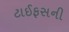
ટાઈફસની